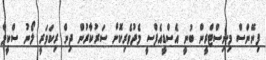
ފިނޭންސް މިނިސްޓްރީން ބުނީ އެސްޑީއެފްސީ މެދުވެރިކޮށް ސަރުކާރުން ދިން ރިކަވަރީ ލޯނު ސްކީމް